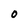
Character: O